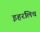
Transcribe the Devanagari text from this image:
इहरलिच